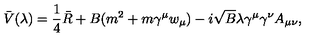
\bar { V } ( \lambda ) = \frac 1 4 \bar { R } + B ( m ^ { 2 } + m \gamma ^ { \mu } w _ { \mu } ) - i \sqrt { B } \lambda \gamma ^ { \mu } \gamma ^ { \nu } A _ { \mu \nu } ,